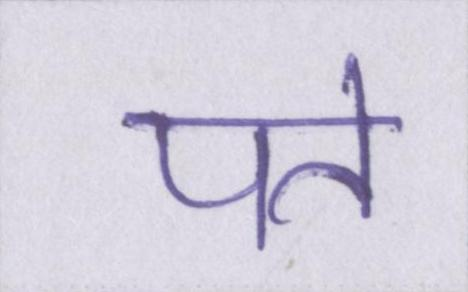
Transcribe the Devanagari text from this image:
पते